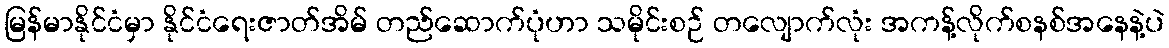
မြန်မာနိုင်ငံမှာ နိုင်ငံရေးဇာတ်အိမ် တည်ဆောက်ပုံဟာ သမိုင်းစဉ် တလျောက်လုံး အကန့်လိုက်စနစ်အနေနဲ့ပဲ